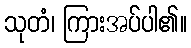
သုတံ၊ ကြားအပ်ပါ၏။